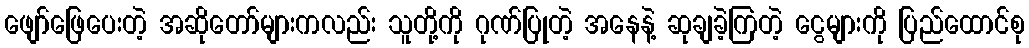
ဖျော်ဖြေပေးတဲ့ အဆိုတော်များကလည်း သူတို့ကို ဂုဏ်ပြုတဲ့ အနေနဲ့ ဆုချခဲ့ကြတဲ့ ငွေများကို ပြည်ထောင်စု